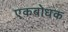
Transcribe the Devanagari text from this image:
एकबोधक